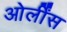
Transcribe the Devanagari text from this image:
ओर्लींस